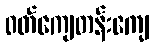
ဝတ်ကျေတန်းကျေ